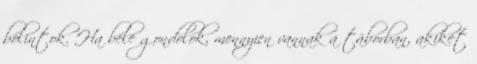
bólintok. Ha bele gondolok, mennyien vannak a táborban, akiket